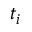
t _ { i }